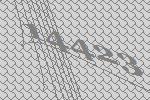
14423